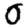
Digit: 0